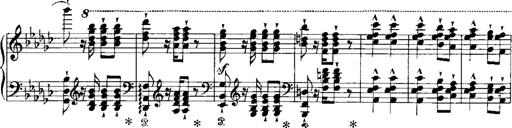
Title: RÃ©miniscences de Norma de Bellini
Composer: Franz Liszt